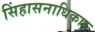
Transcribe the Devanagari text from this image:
सिंहासनाधिकार